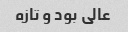
عالی بود و تازه